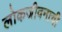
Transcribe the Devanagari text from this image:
लोकजीवनाची